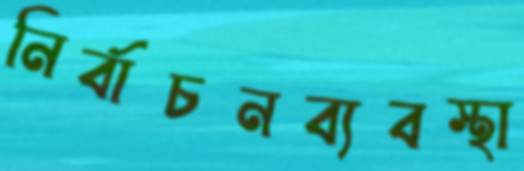
নির্বাচনব্যবস্থা